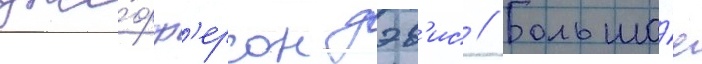
дже́фф'ерсон дэв'ис // Большо́е